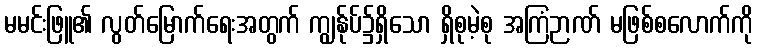
မမင်းဖြူ၏ လွတ်မြောက်ရေးအတွက် ကျွန်ုပ်၌ရှိသော ရှိစုမဲ့စု အကြံဉာဏ် မဖြစ်စလောက်ကို